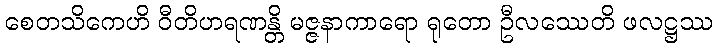
စေတသိကေဟိ ဝီတိဟရဏန္တိ မဇ္ဇနာကာရော ရုတော ဦလဿေတိ ဖလဋ္ဌဿ